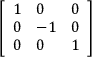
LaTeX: \left[ { \begin{array} { l l l } { 1 } & { 0 } & { 0 } \\ { 0 } & { - 1 } & { 0 } \\ { 0 } & { 0 } & { 1 } \end{array} } \right]